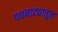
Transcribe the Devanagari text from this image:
पथनाट्यातून